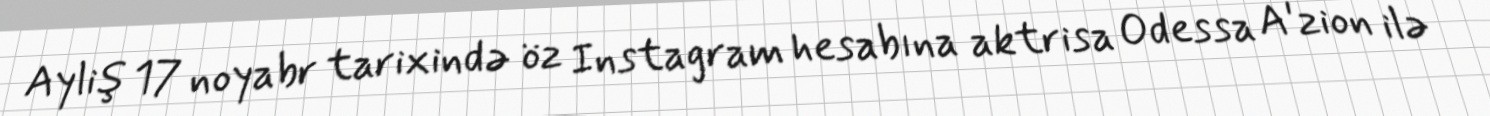
Ayliş 17 noyabr tarixində öz Instagram hesabına aktrisa Odessa A'zion ilə